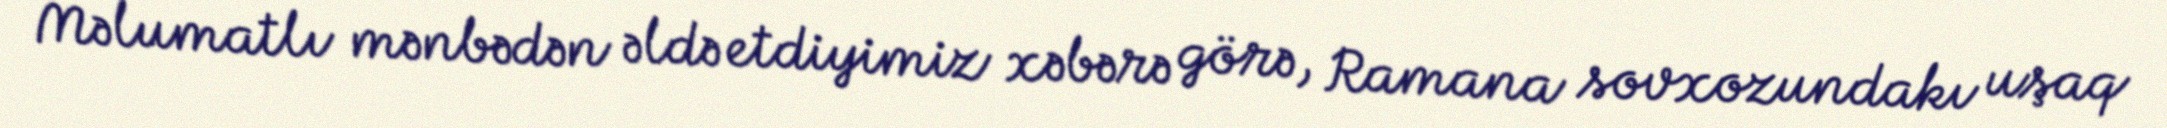
Məlumatlı mənbədən əldə etdiyimiz xəbərə görə, Ramana sovxozundakı uşaq